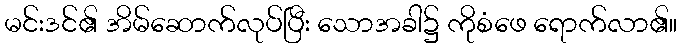
မင်းဒင်၏ အိမ်ဆောက်လုပ်ပြီး သောအခါ၌ ကိုစံဖေ ရောက်လာ၏။